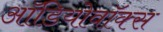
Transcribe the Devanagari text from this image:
ऑडियोवॉक्स